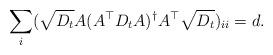
LaTeX: \begin{align*}\sum_{i}(\sqrt{D_{t}}A(A^{\top}D_{t}A)^{\dagger}A^{\top}\sqrt{D_{t}})_{ii}=d.\end{align*}